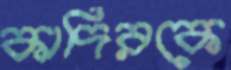
কাদিরকে